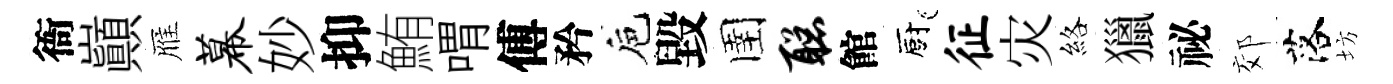
衙巔雁幕妙抑鮪喟傅矜巵毀圉聪館廚征灾絡獵祕郊落坊